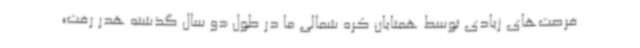
فرصت‌های زیادی توسط همتایان کره شمالی ما در طول دو سال گذشته هدر رفت؛